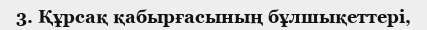
3. Құрсақ қабырғасының бұлшықеттері,